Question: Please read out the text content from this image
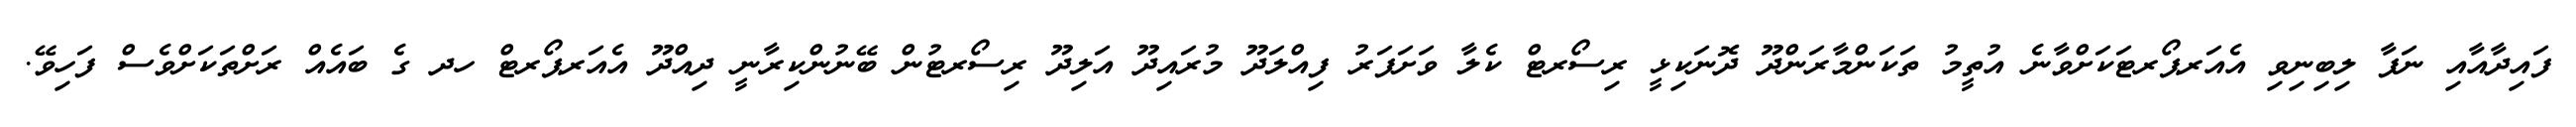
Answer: ފައިދާއާއި ނަފާ ލިބިނިވި އެއަރޕޯރޓަކަށްވާނެ އުތީމު ތަކަންމާރަންދޫ ދޮނަކިޅީ ރިސޯރޓް ކެލާ ވަށަފަރު ފިއްލަދޫ މުރައިދޫ އަލިދޫ ރިސޯރޓުން ބޭނުންކިރާނީ ދިއްދޫ އެއަރޕޯރޓް ހދ ގެ ބައެއް ރަށްތަކަށްވެސް ފަހިވޭ.